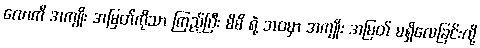
လောကီ အကျိုး အမြတ်ကိုသာ ကြည့်ပြီး မိမိ ရဲ့ ဘဝမှာ အကျိုး အမြတ် မရှိလေခြင်းလို့